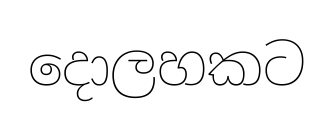
දොලහකට